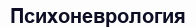
Психоневрология